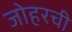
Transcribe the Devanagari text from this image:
जोहरची